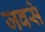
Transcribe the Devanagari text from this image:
जवसे